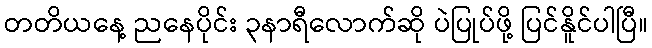
တတိယနေ့ ညနေပိုင်း ၃နာရီလောက်ဆို ပဲပြုပ်ဖို့ ပြင်နိူင်ပါပြီ။